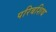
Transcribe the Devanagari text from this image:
परिबशिथ